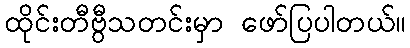
ထိုင်းတီဗွီသတင်းမှာ ဖော်ပြပါတယ်။